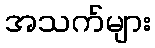
အသက်များ